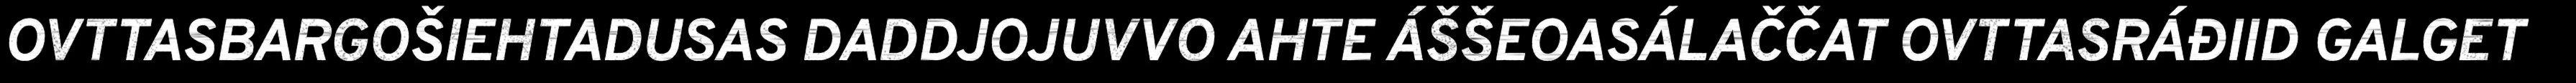
OVTTASBARGOŠIEHTADUSAS DADDJOJUVVO AHTE ÁŠŠEOASÁLAČČAT OVTTASRÁĐIID GALGET